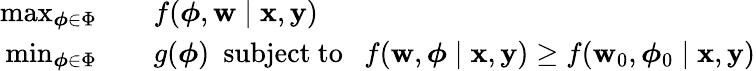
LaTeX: \begin{array}{rl}{\operatorname*{max}_{{\boldsymbol\phi}\in\Phi}\quad}&{f({\boldsymbol\phi},\mathbf w\mid\mathbf x,\mathbf y)}\\ {\operatorname*{min}_{{\boldsymbol\phi}\in\Phi}\quad}&{g({\boldsymbol\phi})~~\mathrm{subject~to~}~~f(\mathbf w,{\boldsymbol\phi}\mid\mathbf x,\mathbf y)\geq f(\mathbf w_{0},{\boldsymbol\phi}_{0}\mid\mathbf x,\mathbf y)}\end{array}